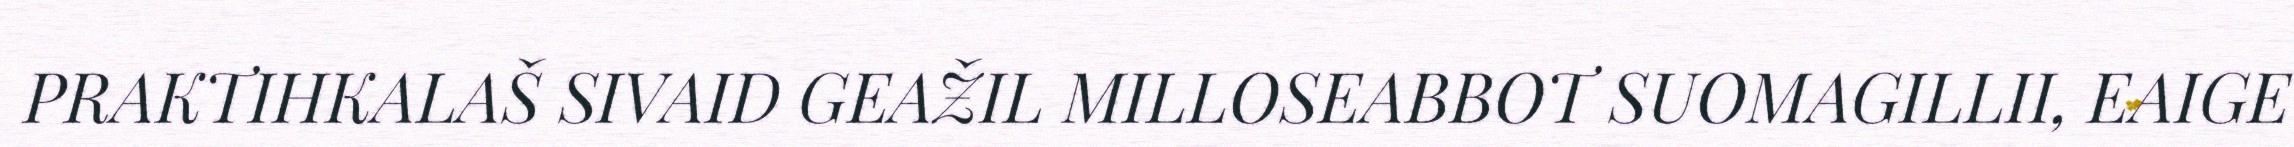
PRAKTIHKALAŠ SIVAID GEAŽIL MILLOSEABBOT SUOMAGILLII, EAIGE